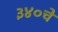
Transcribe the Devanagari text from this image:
३४०चे